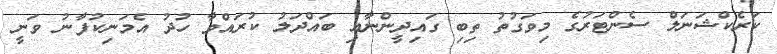
ކަރެކްޝަނަލް ސެންޓަރުގެ މިވަގުތު ތިބި ގައިދީންނާއި ބައްދަލު ކުރައްވާ ހުދު އެމަނިކުފާނު ވަނީ